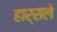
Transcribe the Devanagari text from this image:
हार्सले